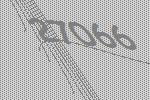
27066